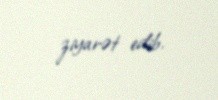
ziyarət edib.